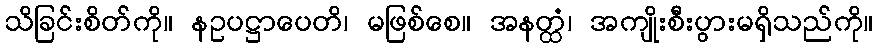
သိခြင်းစိတ်ကို။ နဥပဋ္ဌာပေတိ၊ မဖြစ်စေ။ အနတ္ထံ၊ အကျိုးစီးပွားမရှိသည်ကို။